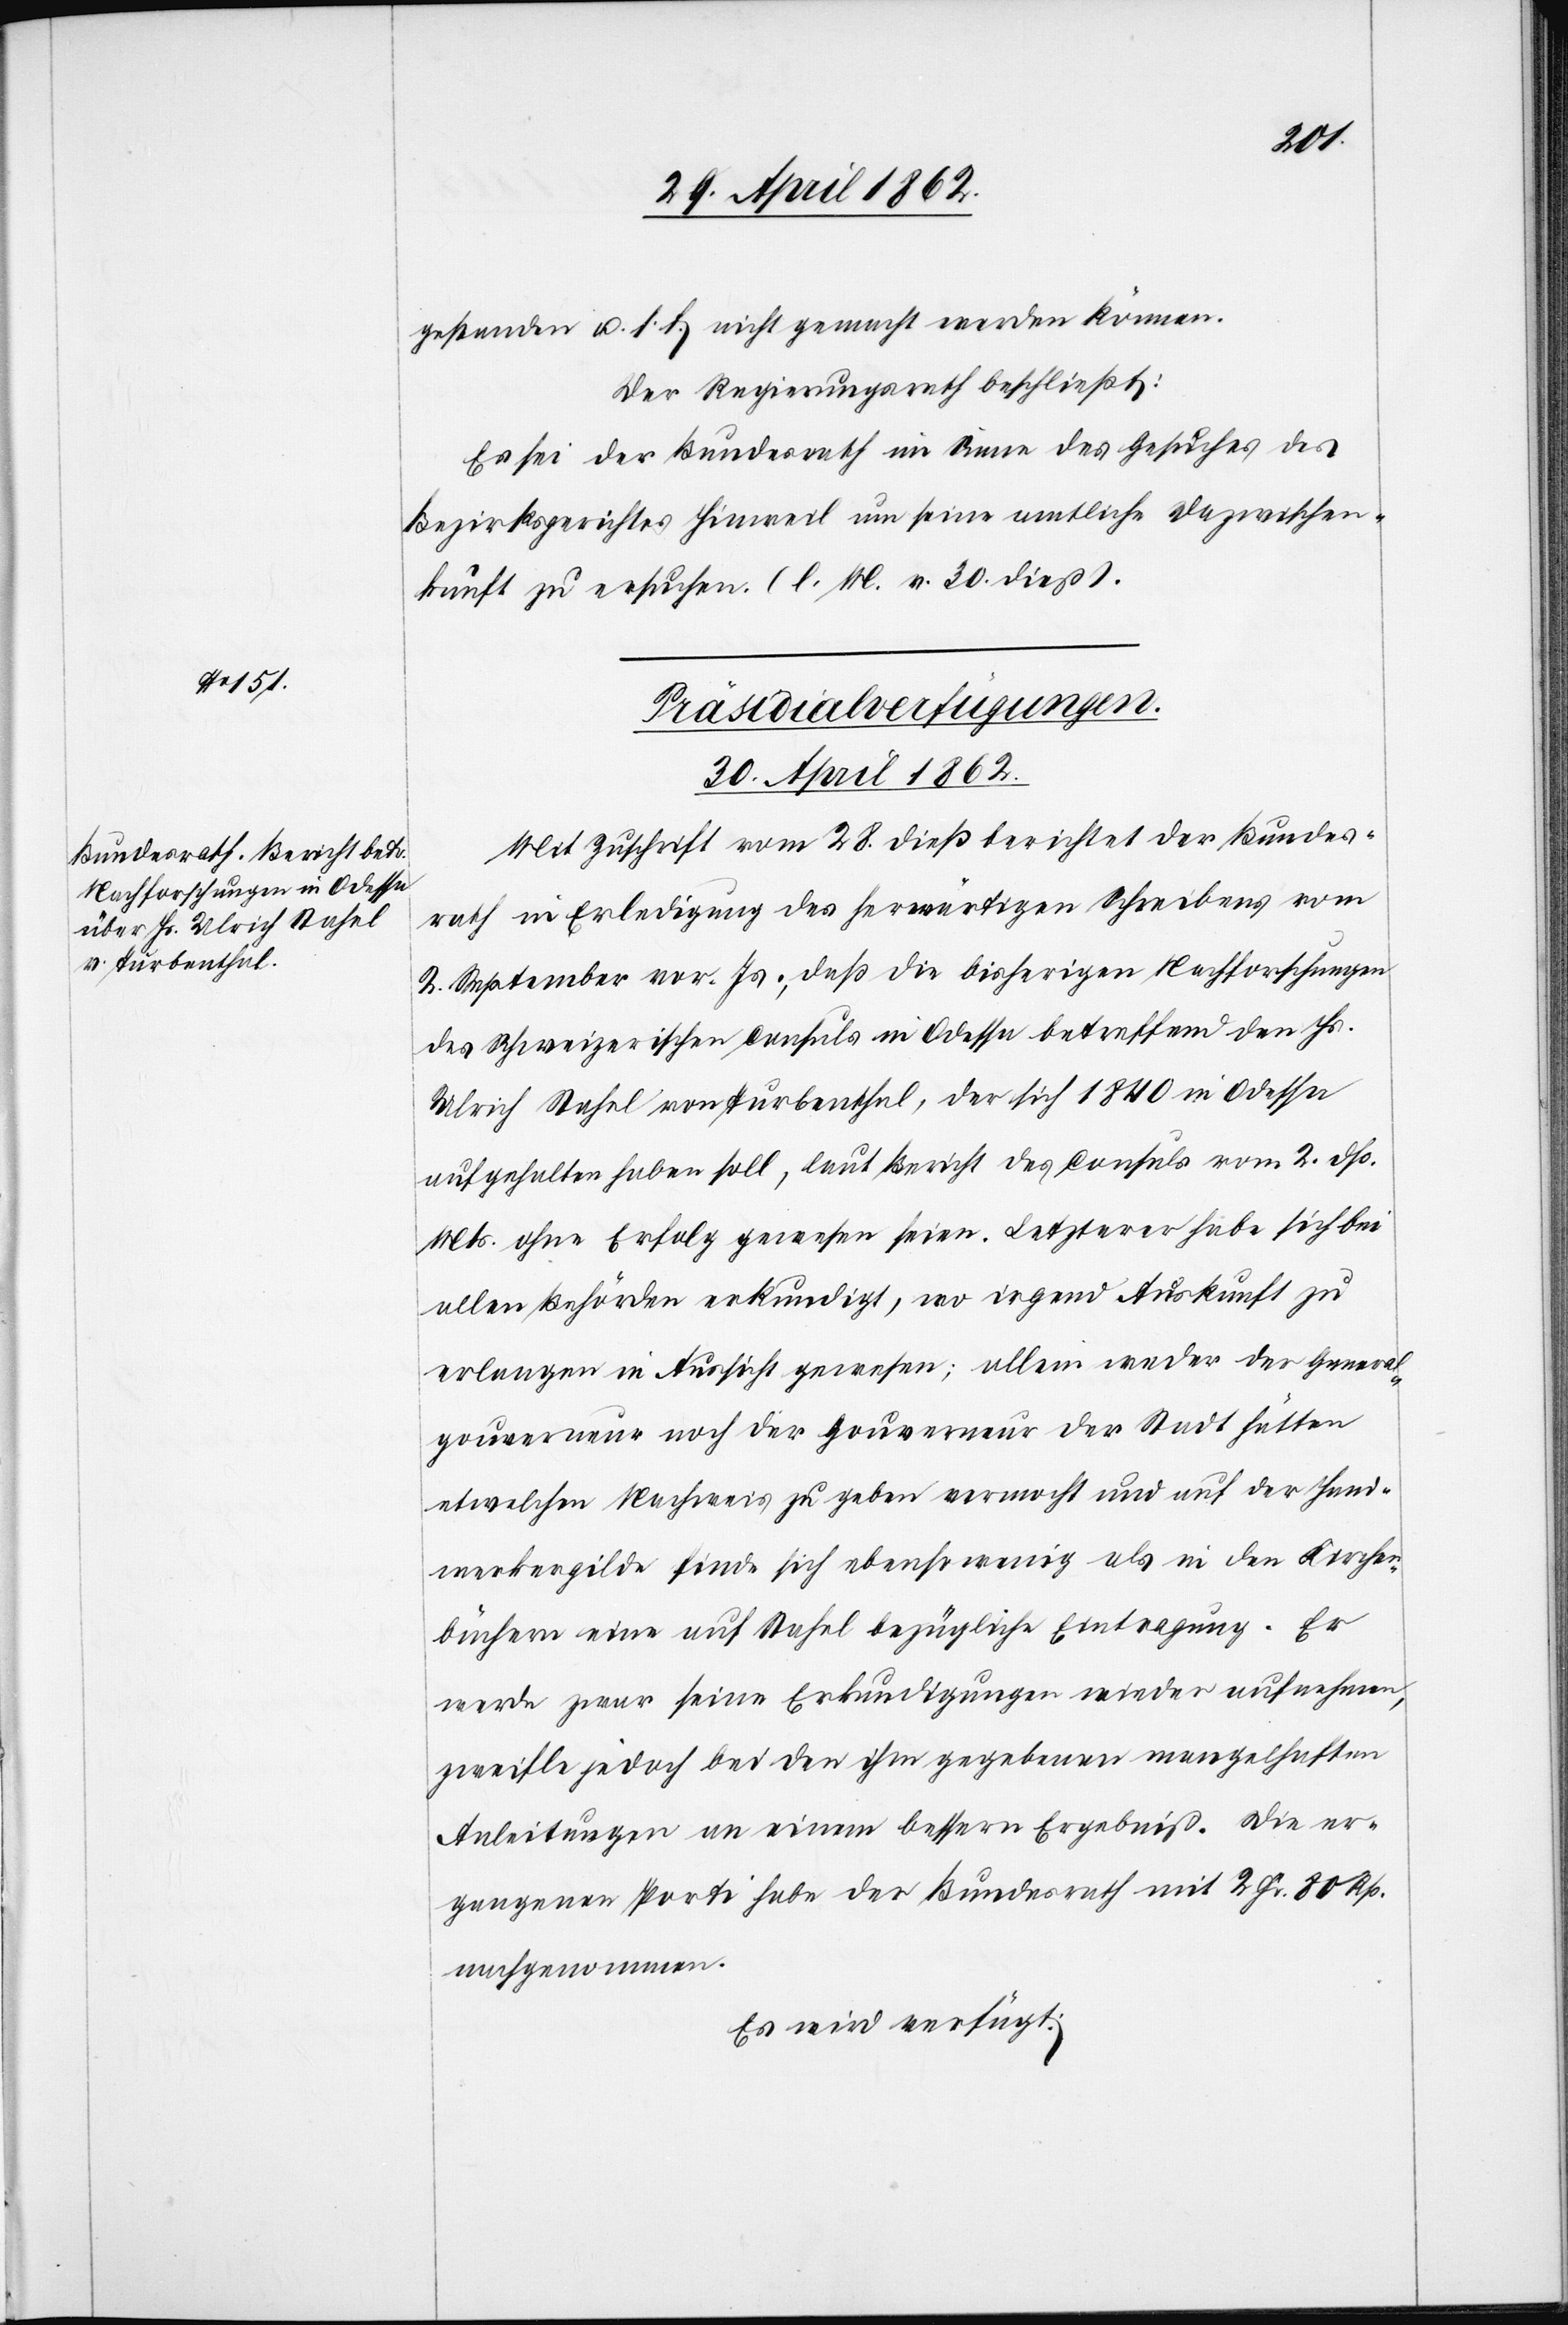
gestanden u. s. f. nicht gemacht werden können.
Der Regierungsrath beschließt:
Es sei der Bundesrath im Sinne des Gesuches des
Bezirksgerichtes Hinweil um seine amtliche Dazwischen¬
kunft zu ersuchen. (l. M. v. 30. dieß).
Präsidialverfügungen.
30. April 1862.
Mit Zuschrift vom 28. dieß berichtet der Bundes¬
rath in Erledigung des herwärtigen Schreibens vom
2. September vor. Js., daß die bisherigen Nachforschungen
des Schweizerischen Consuls in Odessa betreffend den Hs.
Ulrich Stahel von Turbenthal, der sich 1840 in Odessa
aufgehalten haben soll, laut Bericht des Consuls vom 2. dß.
Mts. ohne Erfolg gewesen seien. Letzterer habe sich bei
allen Behörden erkundigt, wo irgend Auskunft zu
erlangen in Aussicht gewesen; allein weder der General¬
gouverneur noch der Gouverneur der Stadt hätten
etwelchen Nachweis zu geben vermocht und auf der Hand¬
werkergilde finde sich ebenso wenig als in den Kirchen¬
büchern eine auf Stahel bezügliche Eintragung. Er
werde zwar seine Erkundigungen wieder aufnehmen,
zweifle jedoch bei den ihm gegebenen mangelhaften
Anleitungen an einem bessern Ergebniß. Die er¬
gangenen Porti habe der Bundesrath mit 2 Fr. 80 Rp.
nachgenommen.
Es wird verfügt: